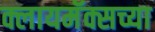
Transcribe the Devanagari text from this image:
क्लायमॅक्सच्या